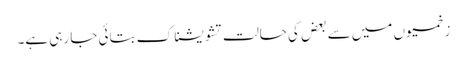
زخمیوں میں سے بعض کی حالت تشویشناک بتائی جا رہی ہے۔